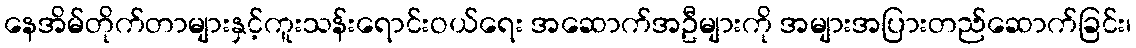
နေအိမ်တိုက်တာများနှင့်ကူးသန်းရောင်းဝယ်ရေး အဆောက်အဦများကို အများအပြားတည်ဆောက်ခြင်း၊